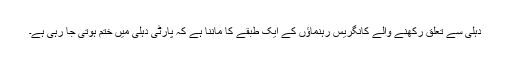
دہلی سے تعلق رکھنے والے کانگریس رہنماؤں کے ایک طبقے کا ماننا ہے کہ پارٹی دہلی میں ختم ہوتی جا رہی ہے۔